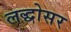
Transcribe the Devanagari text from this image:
लद्धोसर